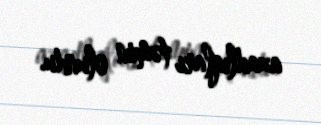
azadlıqları təmin olundu.